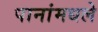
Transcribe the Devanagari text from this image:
पानांमधले